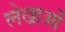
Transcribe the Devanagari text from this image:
लेखाओं